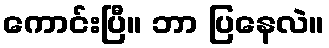
ကောင်းပြီ။ ဘာ ပြနေလဲ။